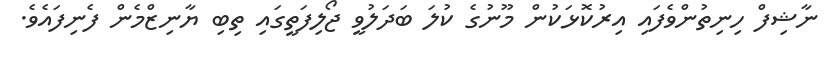
ނާޝިފް ހިނިތުންވެފައި އިރުކޮޅަކުން މޫނުގެ ކުލަ ބަދަލުވީ ޖޯލިފަތީގައި ތިބި ޔާނިޒްމެން ފެނިފައެވެ.